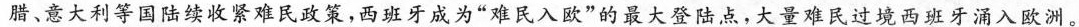
腊、意大利等国陆续收紧难民政策，西班牙成为”难民入欧”的最大登陆点，大量难民过境西班牙涌入欧洲。